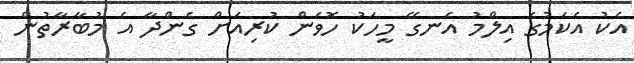
އެކު އެކަމުގެ އިލްމު އެނގޭ މީހަކު ހޮވަން ކުރިއަށް ގެންދާ އެ މުބާރާތުން